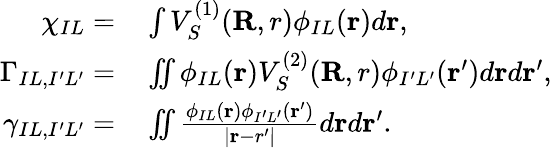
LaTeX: \begin{array}{rl}{\chi_{IL}=}&{{}\int V_{S}^{(1)}({\mathbf R,r})\phi_{IL}({\mathbf r})d{\mathbf r},}\\ {\Gamma_{IL,I^{\prime}L^{\prime}}=}&{{}\iint\phi_{IL}({\mathbf r})V_{S}^{(2)}({\mathbf R,r})\phi_{I^{\prime}L^{\prime}}({\mathbf r^{\prime}})d{\mathbf r}d{\mathbf r^{\prime}},}\\ {\gamma_{IL,I^{\prime}L^{\prime}}=}&{{}\iint\frac{\phi_{IL}({\mathbf r})\phi_{I^{\prime}L^{\prime}}({\mathbf r^{\prime}})}{\vert{\mathbf r-r^{\prime}}\vert}d{\mathbf r}d{\mathbf r^{\prime}}.}\end{array}